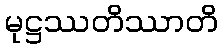
မုဋ္ဌဿတိဿာတိ